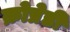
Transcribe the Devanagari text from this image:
क्रोप्रेडी